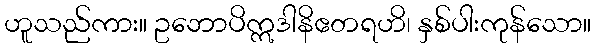
ဟူသည်ကား။ ဥဘောပိဣဒါနိဧတရဟိ၊ နှစ်ပါးကုန်သော။